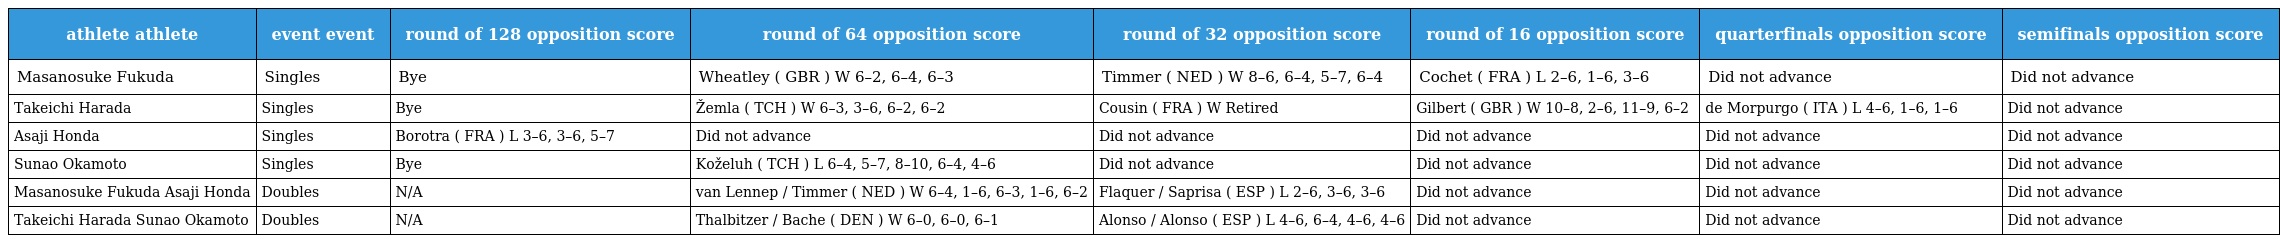
| athlete athlete | event event | round of 128 opposition score | round of 64 opposition score | round of 32 opposition score | round of 16 opposition score | quarterfinals opposition score | semifinals opposition score |
 | --- | --- | --- | --- | --- | --- | --- | --- |
 | Masanosuke Fukuda | Singles | Bye | Wheatley ( GBR ) W 6–2, 6–4, 6–3 | Timmer ( NED ) W 8–6, 6–4, 5–7, 6–4 | Cochet ( FRA ) L 2–6, 1–6, 3–6 | Did not advance | Did not advance |
 | Takeichi Harada | Singles | Bye | Žemla ( TCH ) W 6–3, 3–6, 6–2, 6–2 | Cousin ( FRA ) W Retired | Gilbert ( GBR ) W 10–8, 2–6, 11–9, 6–2 | de Morpurgo ( ITA ) L 4–6, 1–6, 1–6 | Did not advance |
 | Asaji Honda | Singles | Borotra ( FRA ) L 3–6, 3–6, 5–7 | Did not advance | Did not advance | Did not advance | Did not advance | Did not advance |
 | Sunao Okamoto | Singles | Bye | Koželuh ( TCH ) L 6–4, 5–7, 8–10, 6–4, 4–6 | Did not advance | Did not advance | Did not advance | Did not advance |
 | Masanosuke Fukuda Asaji Honda | Doubles | N/A | van Lennep / Timmer ( NED ) W 6–4, 1–6, 6–3, 1–6, 6–2 | Flaquer / Saprisa ( ESP ) L 2–6, 3–6, 3–6 | Did not advance | Did not advance | Did not advance |
 | Takeichi Harada Sunao Okamoto | Doubles | N/A | Thalbitzer / Bache ( DEN ) W 6–0, 6–0, 6–1 | Alonso / Alonso ( ESP ) L 4–6, 6–4, 4–6, 4–6 | Did not advance | Did not advance | Did not advance |